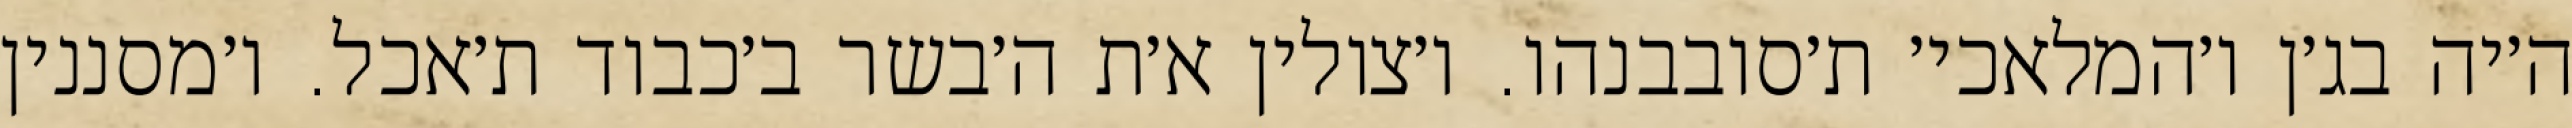
ה׳יה בג׳ן ו׳המלאכי׳ ת׳סובבנהו. ו׳צולין א׳ת ה׳בשר ב׳כבוד ת׳אכל. ו׳מסננין